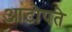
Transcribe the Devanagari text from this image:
आटोपते